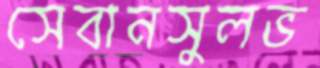
সেবানসুলভ